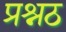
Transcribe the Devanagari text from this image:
प्रश्नठ